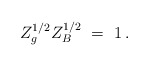
\begin{align*}Z_g^{1/2} Z_B^{1/2} \ =\ 1\, .\end{align*}